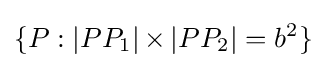
\{P:|PP_{1}|\!\!\;\times \!\!\;|PP_{2}|=b^{2}\}\